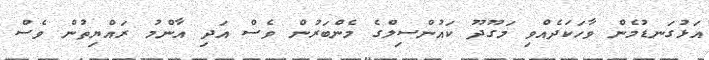
އަޅުގަނޑުމެން ވާހަކަދެއްވި މަގޫދޫ ކައުންސިލްގެ މެންބަރުން ވެސް އަދި އާންމު ރައްޔިތުން ވެސް